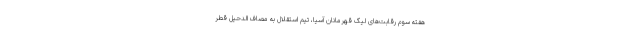
هفته سوم رقابت‌های لیگ قهرمانان آسیا، تیم استقلال به مصاف الدحیل قطر